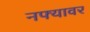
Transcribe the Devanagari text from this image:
नफ्यावर